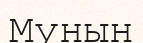
Мунын